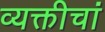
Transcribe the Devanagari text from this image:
व्यक्तीचां